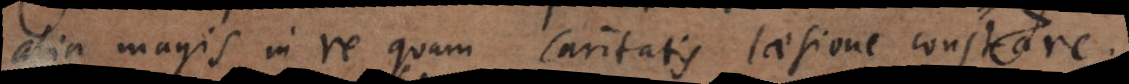
alia magis in re quam caritatis laesione constare.